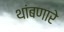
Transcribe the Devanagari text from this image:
थांबणारे